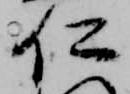
仁